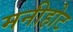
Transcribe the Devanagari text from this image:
मनीहोट